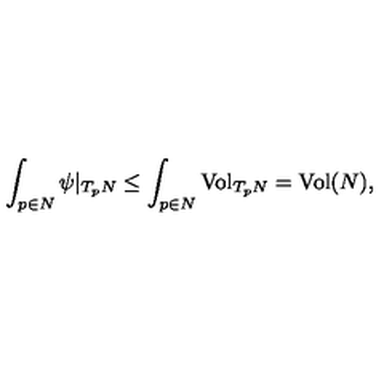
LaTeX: \int _ { p \in N } \psi | _ { T _ { p } N } \leq \int _ { p \in N } \mathrm { V o l } _ { T _ { p } N } = \mathrm { V o l } ( N ) ,